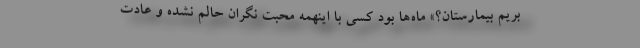
بریم بیمارستان؟» ماه‌ها بود کسی با اینهمه محبت نگران حالم نشده و عادت